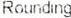
ROUNDING